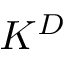
K ^ { D }